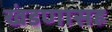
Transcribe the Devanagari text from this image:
खंडणासह